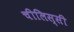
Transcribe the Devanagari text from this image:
चीलिस्सी